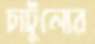
চাটুল্যের